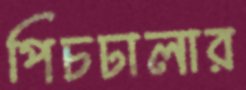
পিচঢালার